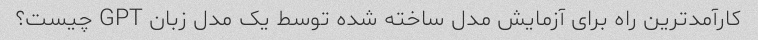
کارآمدترین راه برای آزمایش مدل ساخته شده توسط یک مدل زبان GPT چیست؟